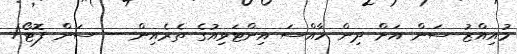
މުއިއްޒު ސަން އަށް ދިން ހާއްސަ އިންޓަވިއުގެ ތެރެއިން -- ސަން ފޮޓޯ/